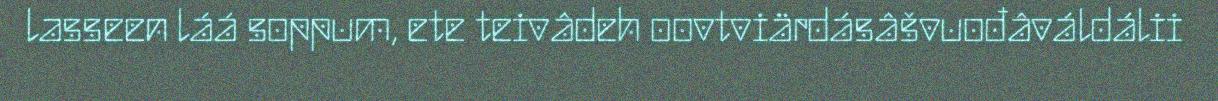
lasseen láá soppum, ete teivâdeh oovtviärdásâšvuođâváldálii